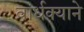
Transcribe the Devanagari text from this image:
वार्धक्याने